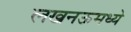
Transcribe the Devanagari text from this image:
लखनऊमध्ये